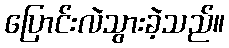
ပြောင်းလဲသွားခဲ့သည်။